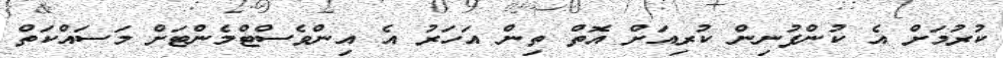
ކުރުމަށް އެ ކުންފުނިން ކުރިއަށް އޮތް ތިން އަހަރު އެ އިންވެސްޓްމެންޓަށް މަސައްކަތް